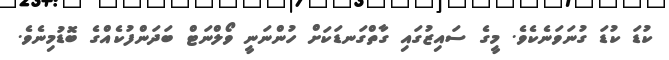
ކުޑަ ކުޑަ ގުނަވަނެކެވެ. މީގެ ސައިޒުގައި ގާތްގަނޑަކަށް ހުންނަނީ ވޯލްނަޓް ބަދަންފުކެއްގެ ބޮޑުމިނެވެ.